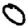
Digit: 0